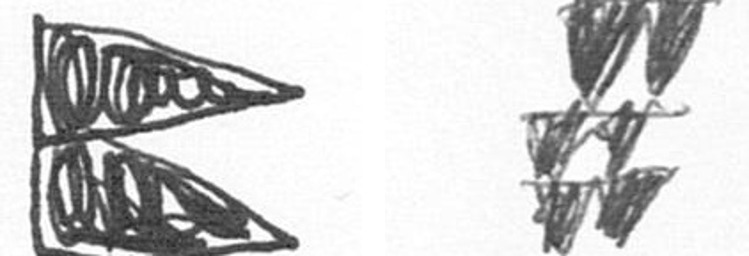
P Y